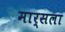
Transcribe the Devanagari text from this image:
मार्सला